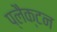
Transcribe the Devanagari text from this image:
प्लैक्टन